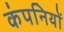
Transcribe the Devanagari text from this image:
कंपनियों